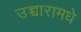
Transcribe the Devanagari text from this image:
उच्चारामधे